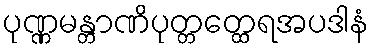
ပုဏ္ဏမန္တာဏိပုတ္တတ္ထေရအပဒါနံ